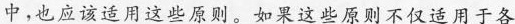
中，也应该适用这些原则。如果这些原则不仅适用于各